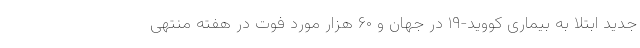
جدید ابتلا به بیماری کووید-۱۹ در جهان و ۶۰ هزار مورد فوت در هفته منتهی